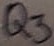
Text: Q3